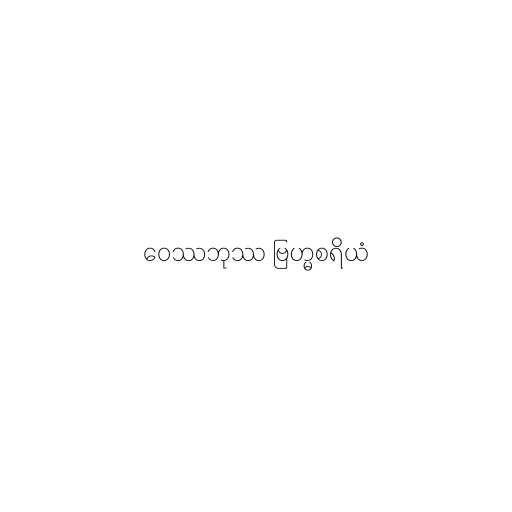
ဝေဿဘုဿ ဗြဟ္မစရိယံ